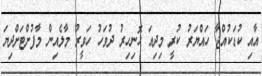
އާއި ކުޑަކުއްޖާ ހައްޔަރު ކުރީ މިދިއަ ހޮނިހިރު ދުވަހު ހަވީރު މާލެއިން މާފުށްޓަށްދިޔަ